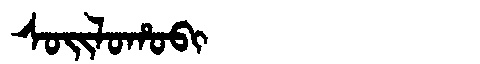
Manchu: ᠰᠣᡳᠯᠣᡥᠣᠪᡳ
Romanization: SOILOHOBI